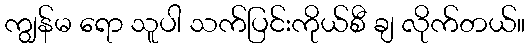
ကျွန်မ ရော သူပါ သက်ပြင်းကိုယ်စီ ချ လိုက်တယ်။